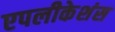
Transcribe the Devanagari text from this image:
एपलीकेशंस